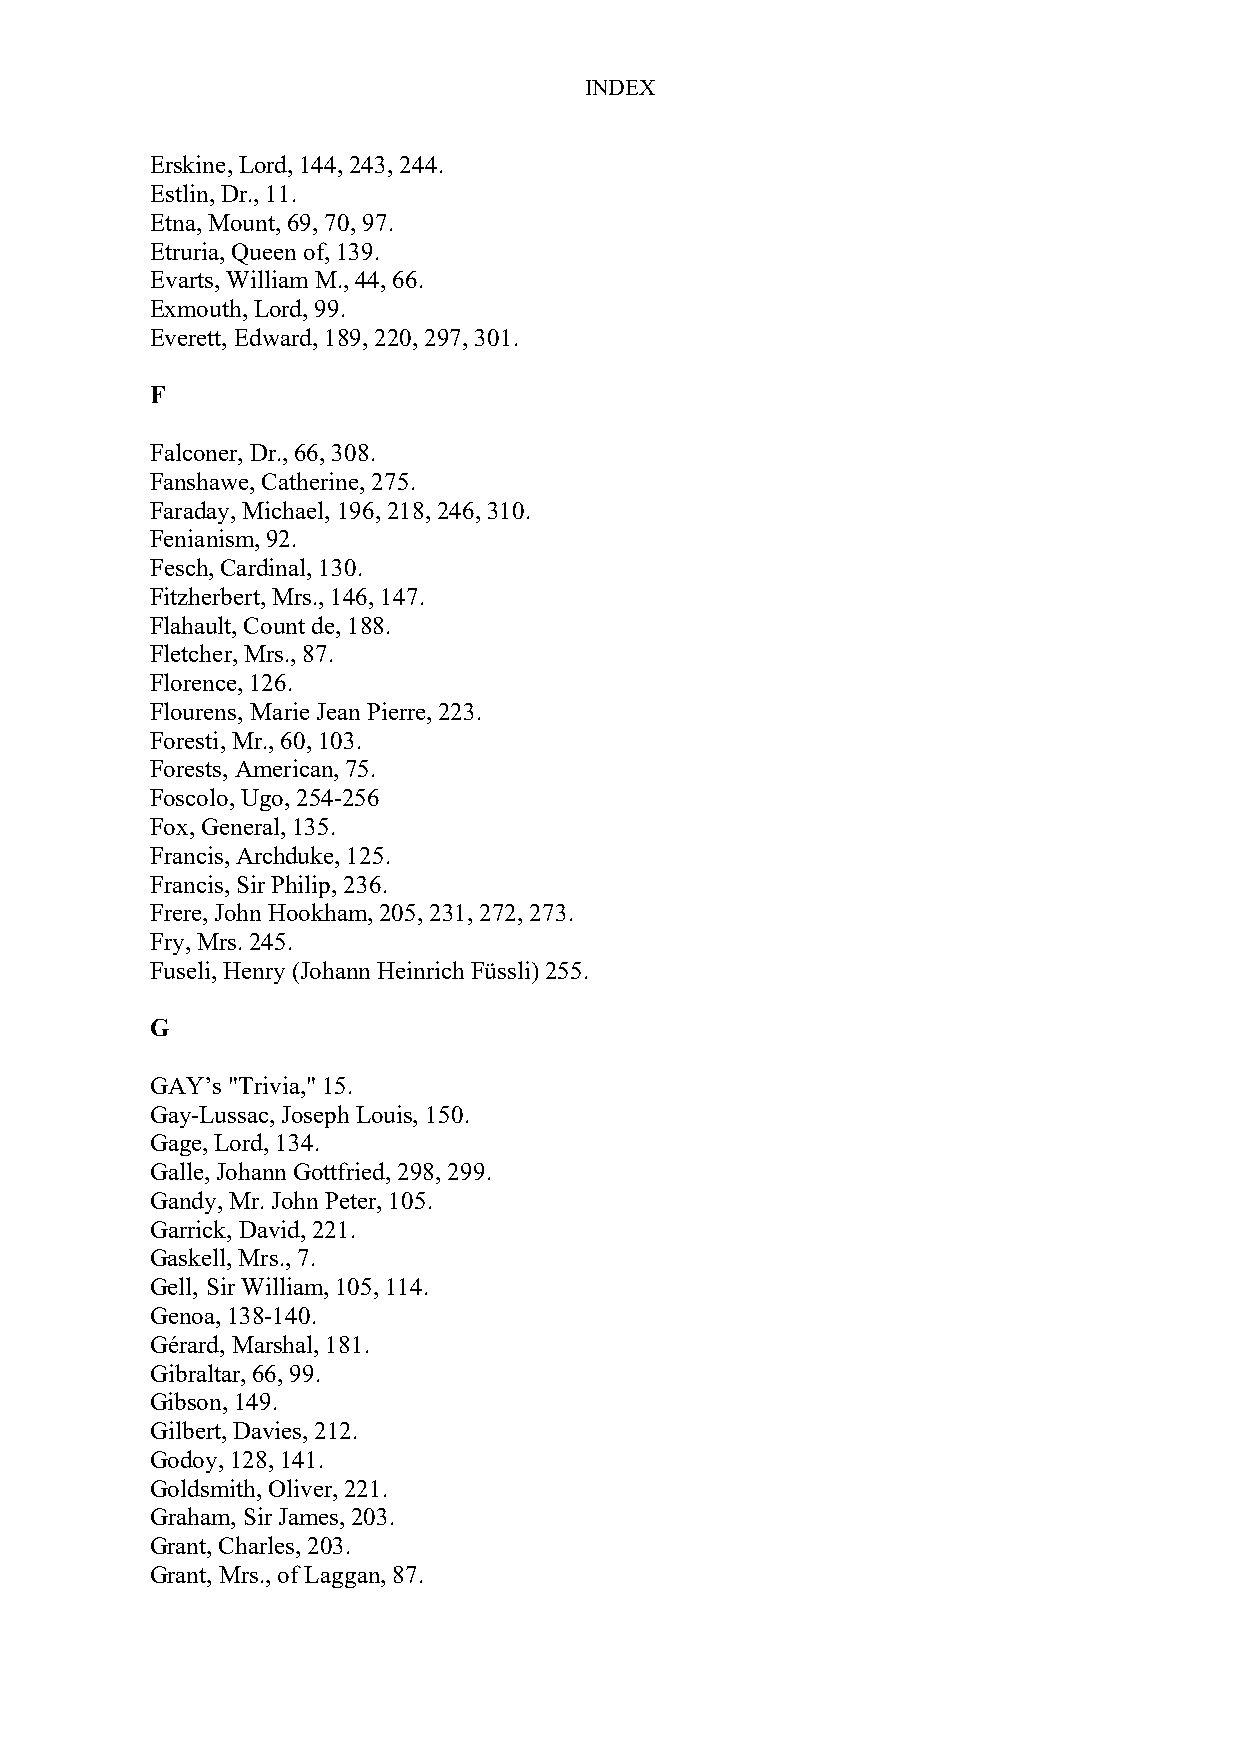
INDEX
 Erskine, Lord, 144, 243, 244.
 Estlin, Dr., 11.
 Etna, Mount, 69, 70, 97.
 Etruria, Queen of, 139.
 Evarts, William M., 44, 66.
 Exmouth, Lord, 99.
 Everett, Edward, 189, 220, 297, 301.
 F
 Falconer, Dr., 66, 308.
 Fanshawe, Catherine, 275.
 Faraday, Michael, 196, 218, 246, 310.
 Fenianism, 92.
 Fesch, Cardinal, 130.
 Fitzherbert, Mrs., 146, 147.
 Flahault, Count de, 188.
 Fletcher, Mrs., 87.
 Florence, 126.
 Flourens, Marie Jean Pierre, 223.
 Foresti, Mr., 60, 103.
 Forests, American, 75.
 Foscolo, Ugo, 254-256
 Fox, General, 135.
 Francis, Archduke, 125.
 Francis, Sir Philip, 236.
 Frere, John Hookham, 205, 231, 272, 273.
 Fry, Mrs. 245.
 Fuseli, Henry (Johann Heinrich Füssli) 255.
 G
 GAY’s "Trivia," 15.
 Gay-Lussac, Joseph Louis, 150.
 Gage, Lord, 134.
 Galle, Johann Gottfried, 298, 299.
 Gandy, Mr. John Peter, 105.
 Garrick, David, 221.
 Gaskell, Mrs., 7.
 Gell, Sir William, 105, 114.
 Genoa, 138-140.
 Gérard, Marshal, 181.
 Gibraltar, 66, 99.
 Gibson, 149.
 Gilbert, Davies, 212.
 Godoy, 128, 141.
 Goldsmith, Oliver, 221.
 Graham, Sir James, 203.
 Grant, Charles, 203.
 Grant, Mrs., of Laggan, 87.